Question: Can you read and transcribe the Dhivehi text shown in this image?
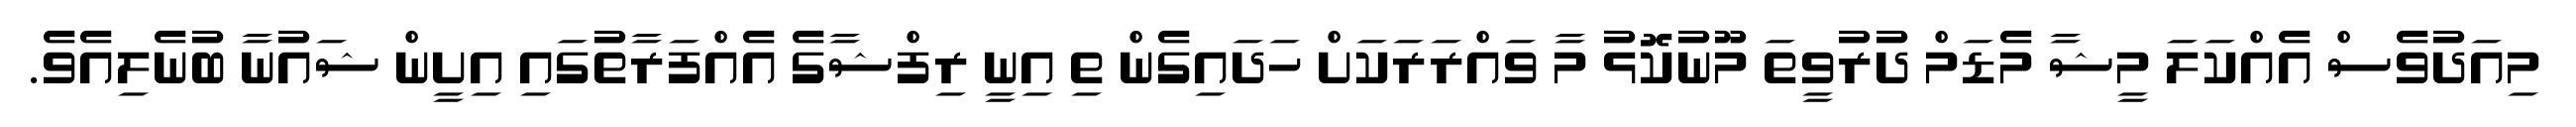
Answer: މިއަދުވެސް އެއްކަލަ މީޝާ މެޑަމް ދުރުވީތަ މޫނުކޮޅު މާ ވައްރަރަކަށް ހަދައިގެން ތި އިނީ ރިފްޝާގެ އެއްފަރާތުގައި އިށީން ޝައުނާ ބުނެލިއެވެ.